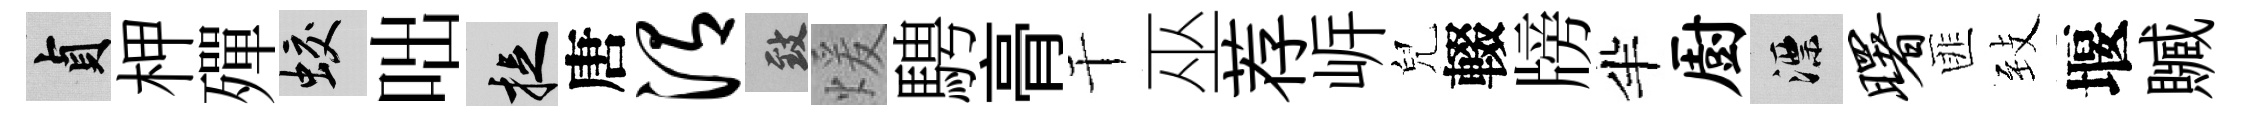
貞柙殫蛟咄捉唐渭致煖騁𮌔干巫荐㟁兒輟牓半厨漂曙匪𦤺堰贓